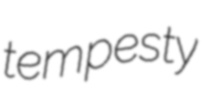
tempesty